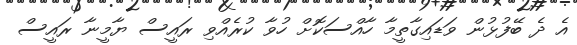
އެ ދެ ބޭފުޅުން ވަޑައިގާތީމާ ހާއްސަކޮށް ހުވާ ކުރެއްވި ރައީސް ޔާމީނާ ރައީސް